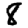
Digit: 8